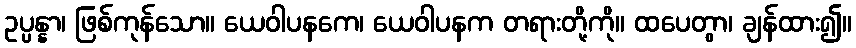
ဥပ္ပန္နာ၊ ဖြစ်ကုန်သော။ ယေဝါပနကေ၊ ယေဝါပနက တရားတို့ကို။ ထပေတွာ၊ ချန်ထား၍။